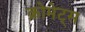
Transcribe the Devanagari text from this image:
क्रोमेट्स